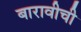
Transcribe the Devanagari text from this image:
बारावीची